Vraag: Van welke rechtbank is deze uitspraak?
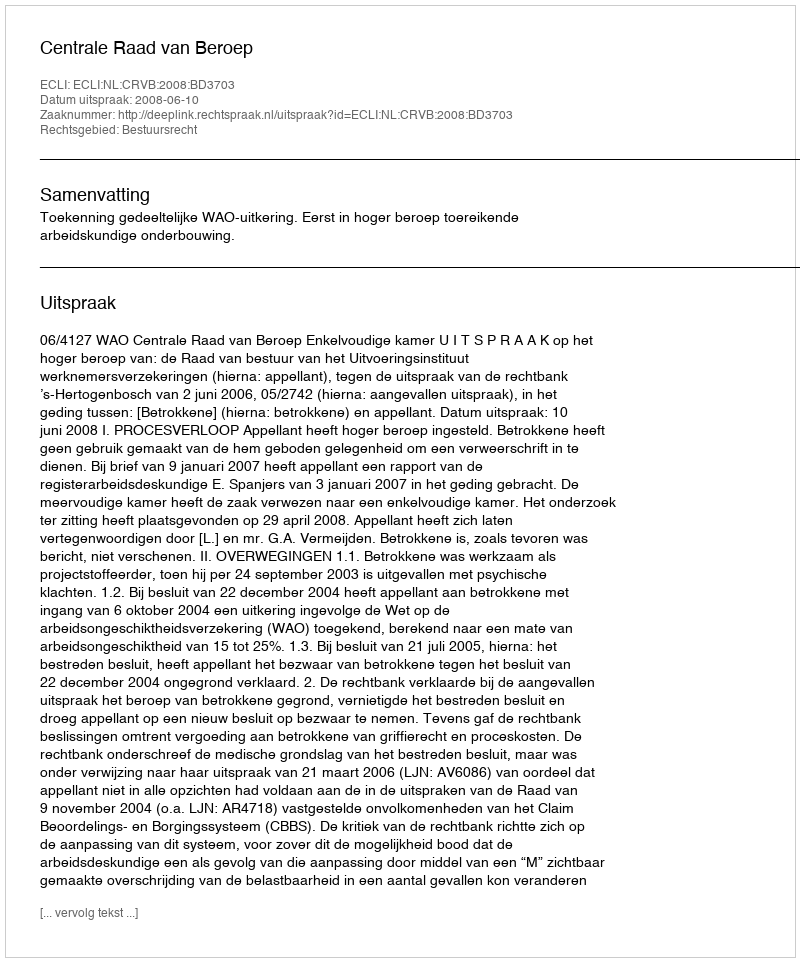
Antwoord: Centrale Raad van Beroep